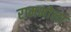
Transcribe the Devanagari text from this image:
रामभोला